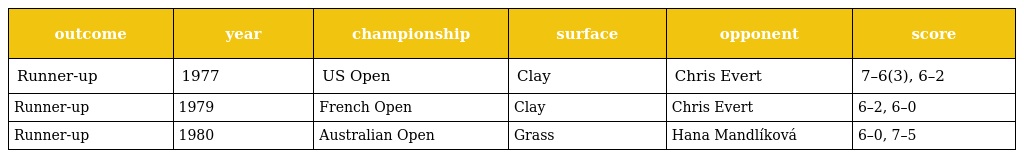
| outcome | year | championship | surface | opponent | score |
 | --- | --- | --- | --- | --- | --- |
 | Runner-up | 1977 | US Open | Clay | Chris Evert | 7–6(3), 6–2 |
 | Runner-up | 1979 | French Open | Clay | Chris Evert | 6–2, 6–0 |
 | Runner-up | 1980 | Australian Open | Grass | Hana Mandlíková | 6–0, 7–5 |